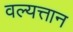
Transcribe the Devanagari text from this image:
वल्यत्तान